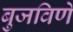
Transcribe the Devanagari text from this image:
बुजविणे